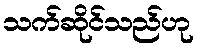
သက်ဆိုင်သည်ဟု